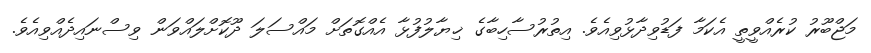
މަޖްބޫރު ކުރެއްވީތީ އެކަމާ ފަޑުވިދާޅުވިއެވެ. އިތުރުސާހިބާގެ ޚިޔާލުފުޅާ އެއްގޮތަށް މައްސަލަ ދޫކޮށްލައްވަން ވިސްނައިދެއްވިއެވެ.